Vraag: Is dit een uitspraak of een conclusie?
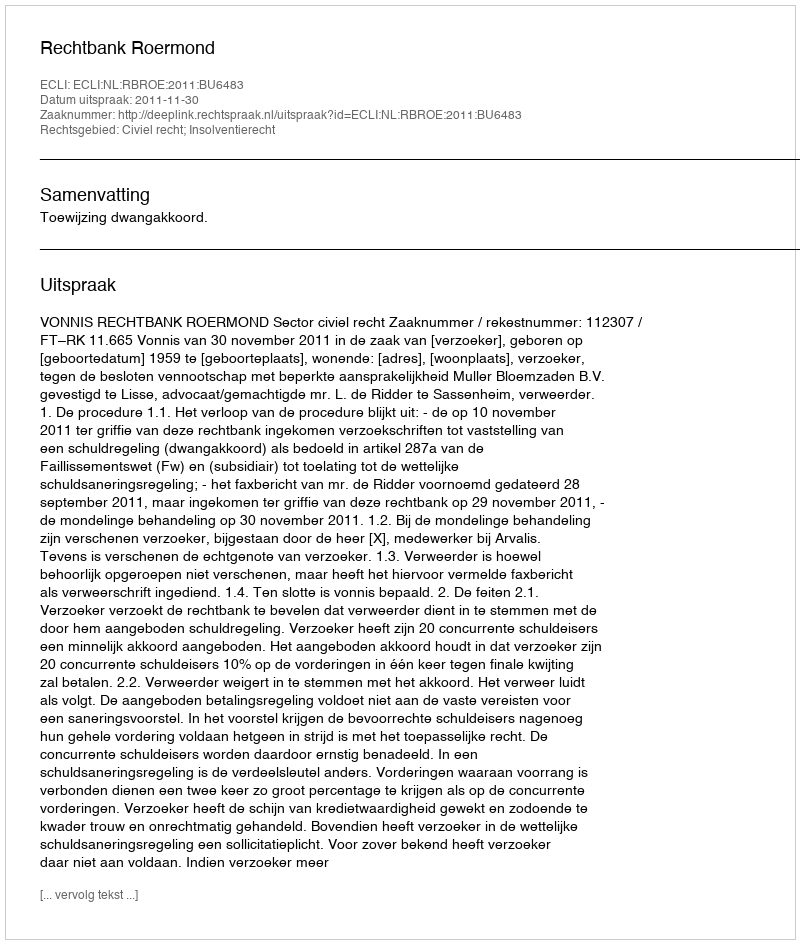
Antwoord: Uitspraak